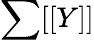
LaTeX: \sum[[Y]]